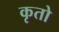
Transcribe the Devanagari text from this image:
कृतो